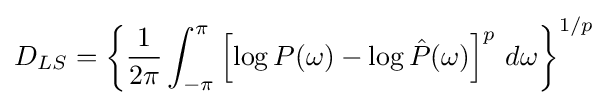
D_{LS}={\left\{{\frac {1}{2\pi }}\int _{-\pi }^{\pi }\left[\log P(\omega )-\log {\hat {P}}(\omega )\right]^{p}\,d\omega \right\}}^{1/p}